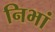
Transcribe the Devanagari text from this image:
निभां